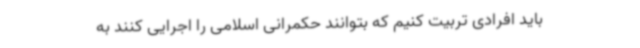
باید افرادی تربیت کنیم که بتوانند حکمرانی اسلامی را اجرایی کنند به